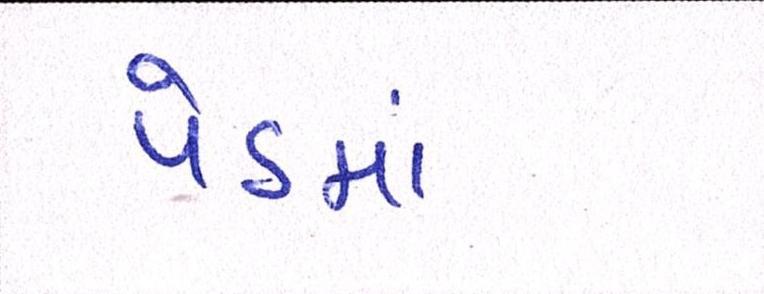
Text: પેઠમાં